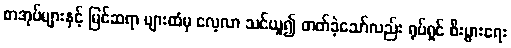
စာအုပ်များနှင့် မြင်ဆရာ များထံမှ လေ့လာ သင်ယူ၍ တတ်ခဲ့သော်လည်း ရုပ်ရှင် စီးပွားရေး